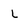
Character: l